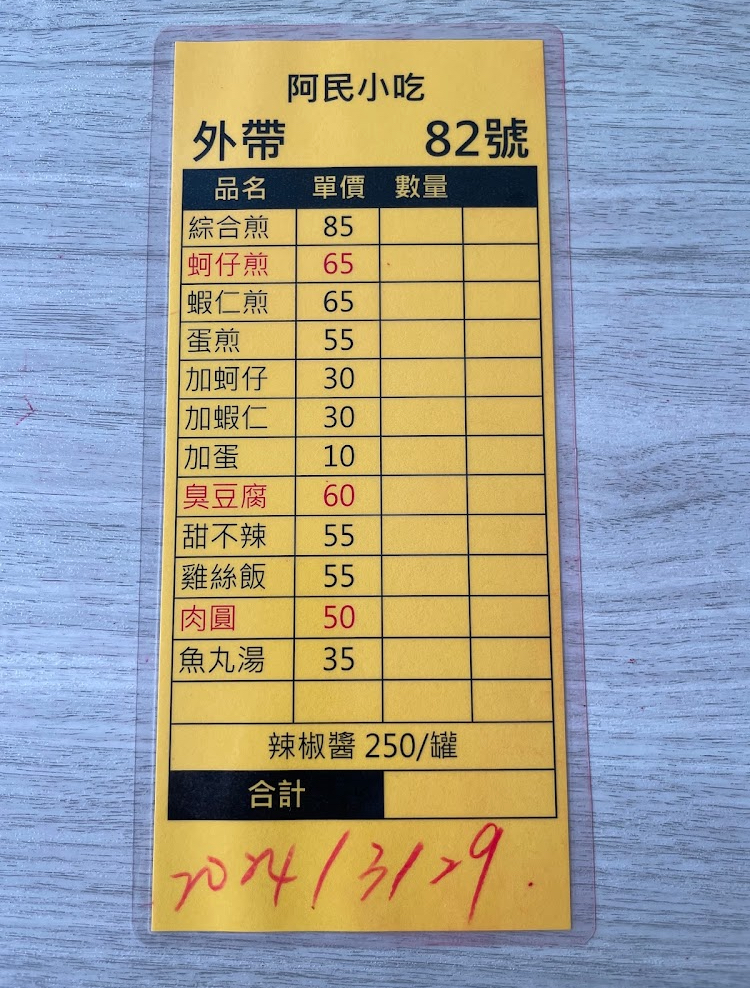
餐廳：阿民小吃
菜單：
name: 綜合煎
price: 85
name: 蚵仔煎
price: 65
name: 蝦仁煎
price: 65
name: 蛋煎
price: 55
name: 加蚵仔
price: 30
name: 加蝦仁
price: 30
name: 加蛋
price: 10
name: 臭豆腐
price: 60
name: 甜不辣
price: 55
name: 雞絲飯
price: 55
name: 肉圓
price: 50
name: 魚丸湯
price: 35
name: 辣椒醬
price: 250